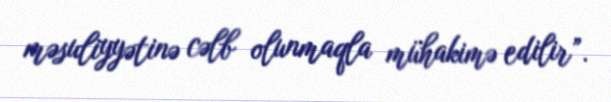
məsuliyyətinə cəlb olunmaqla mühakimə edilir”.